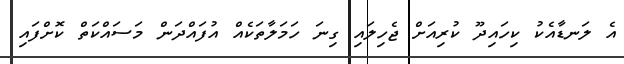
އެ ލަނޑާއެކު ކިހައިދޫ ކުރިއަށް ޖެހިލައި ގިނަ ހަމަލާތަކެއް އުފައްދަން މަސައްކަތް ކޮށްފައި